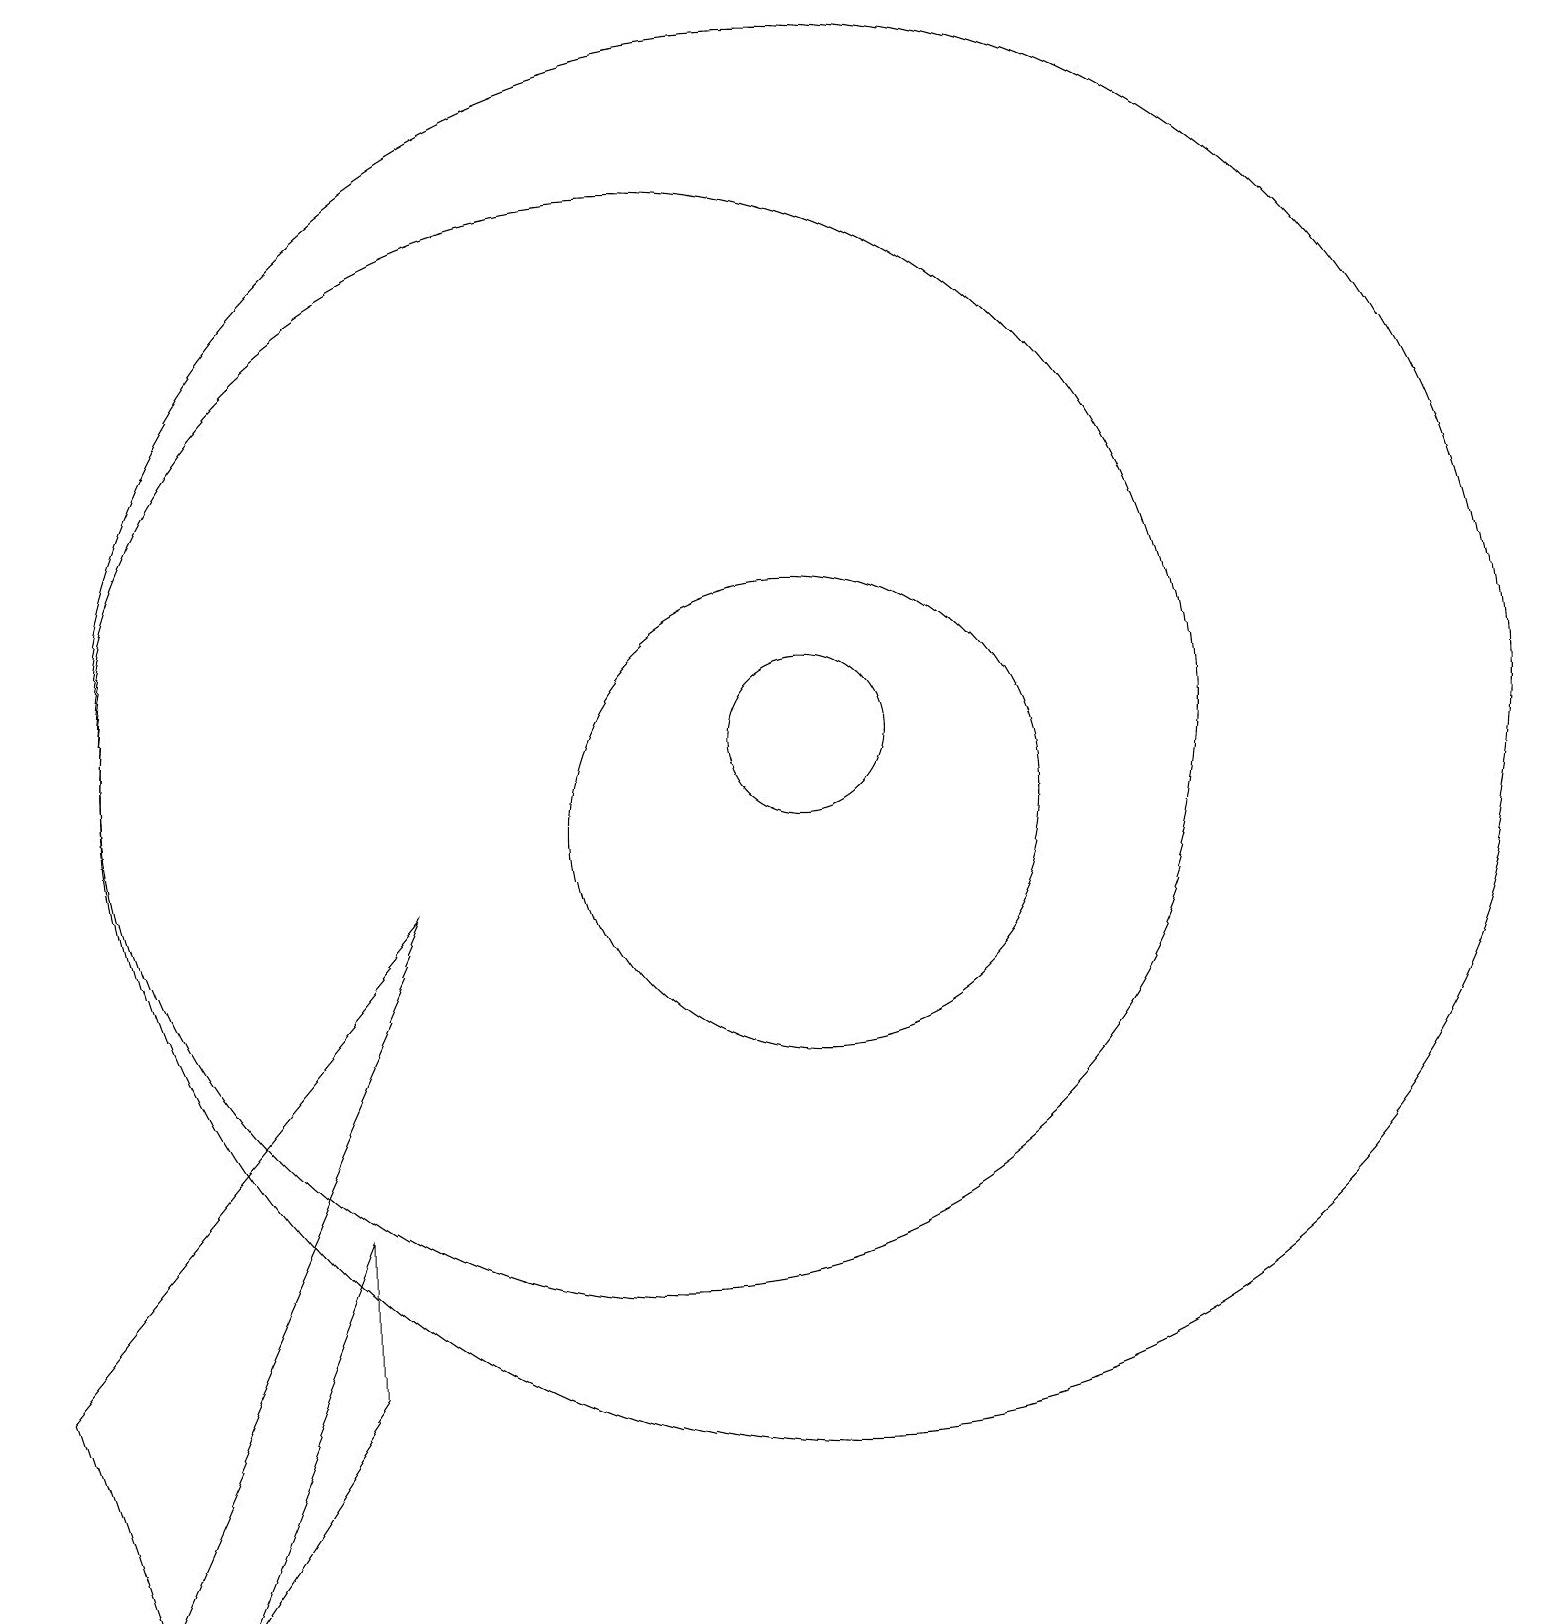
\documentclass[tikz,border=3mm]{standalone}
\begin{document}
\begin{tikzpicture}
\draw (12,11) circle (9);
\draw (12,11) circle (1);
\draw (10,11) circle (7);
\draw (3,0) -- (2,3) -- (7,9) -- cycle;
\draw (12,10) circle (3);
\draw (6,5) -- (6,3) -- (4,0) -- cycle;
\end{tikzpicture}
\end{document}